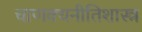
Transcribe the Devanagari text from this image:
चाणक्यनीतिशास्त्र